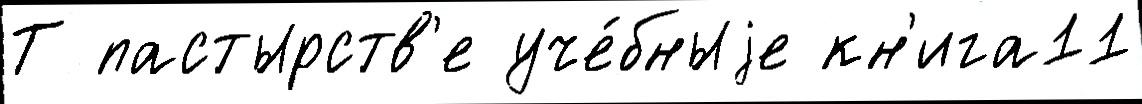
Т пастырств'е уче́бныjе кн'ига11